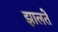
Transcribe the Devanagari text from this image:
झालते